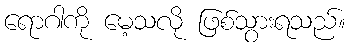
ရောဂါကို မေ့သလို ဖြစ်သွားရသည်။